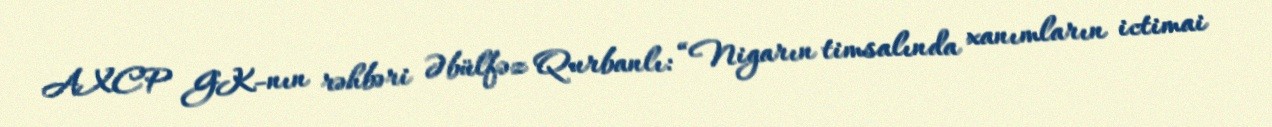
AXCP GK-nın rəhbəri Əbülfəz Qurbanlı: “Nigarın timsalında xanımların ictimai